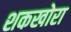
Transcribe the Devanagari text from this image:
शकखोरा